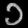
Digit: ၁